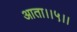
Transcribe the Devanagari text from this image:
आता।।५।।